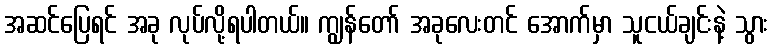
အဆင်ပြေရင် အခု လုပ်လို့ရပါတယ်။ ကျွန်တော် အခုလေးတင် အောက်မှာ သူငယ်ချင်းနဲ့ သွား